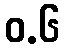
ဝ.၆